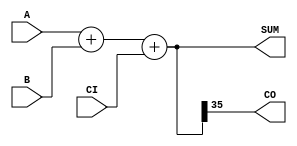
module DW01_add2_1 (A,B,CI,SUM,CO);
  parameter width=8'b00100100;
  output [width-1 : 0] SUM;
  output CO;
  input [width-1 : 0] A;
  input [width-1 : 0] B;
  input CI;
  wire [width-1 : 0] SUM;
  reg [width-2 : 0] sum_temp;
  reg CO;
  assign SUM = {CO, sum_temp};
always @(A or B or CI)
  begin
    {CO, sum_temp} = A+B+CI;
  end
endmodule